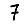
Digit: 7